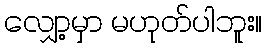
လျှော့မှာ မဟုတ်ပါဘူး။